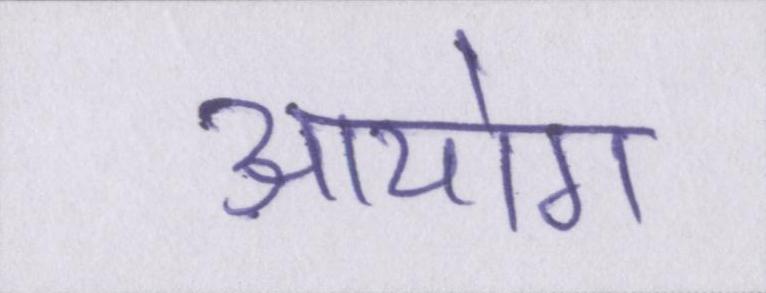
आयोग